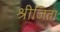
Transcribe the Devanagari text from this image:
श्रीजिता